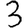
Digit: 3